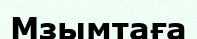
Мзымтаға